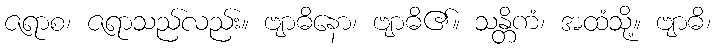
ဇရာစ၊ ဇရာသည်လည်း။ ဗျာဓိနော၊ ဗျာဓိ၏။ သန္တိကံ၊ အထံသို့။ ဗျာဓိ၊